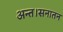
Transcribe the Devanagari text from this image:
अन्त।सनातन